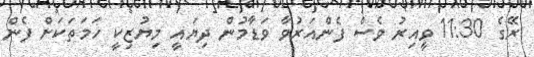
ރޭގެ 11:30 ވީއިރު ވެސް ފެންއަރުވާ ވަޑާމުން ދިޔައީ މިޔުޒިކީ ހަމަތަކަށް ފެން